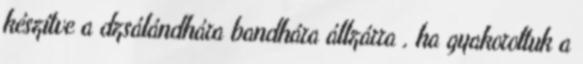
készítve a dzsálándhára bandhára állzárra , ha gyakoroltuk a